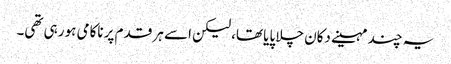
یہ چند مہینے دکان چلا پایا تھا، لیکن اسے ہر قدم پر ناکامی ہو رہی تھی۔